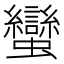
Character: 蠻